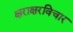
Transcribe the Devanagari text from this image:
क्षराक्षरविचार